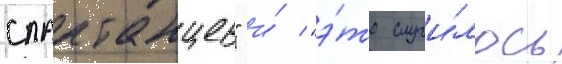
спартанцев" и́ "э́то случи́лось